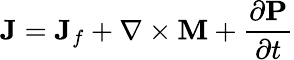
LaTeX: \mathbf{J}=\mathbf{J}_{f}+\nabla\times\mathbf{M}+{\frac{\partial\mathbf{P}}{\partial t}}